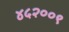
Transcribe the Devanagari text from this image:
४५२००९